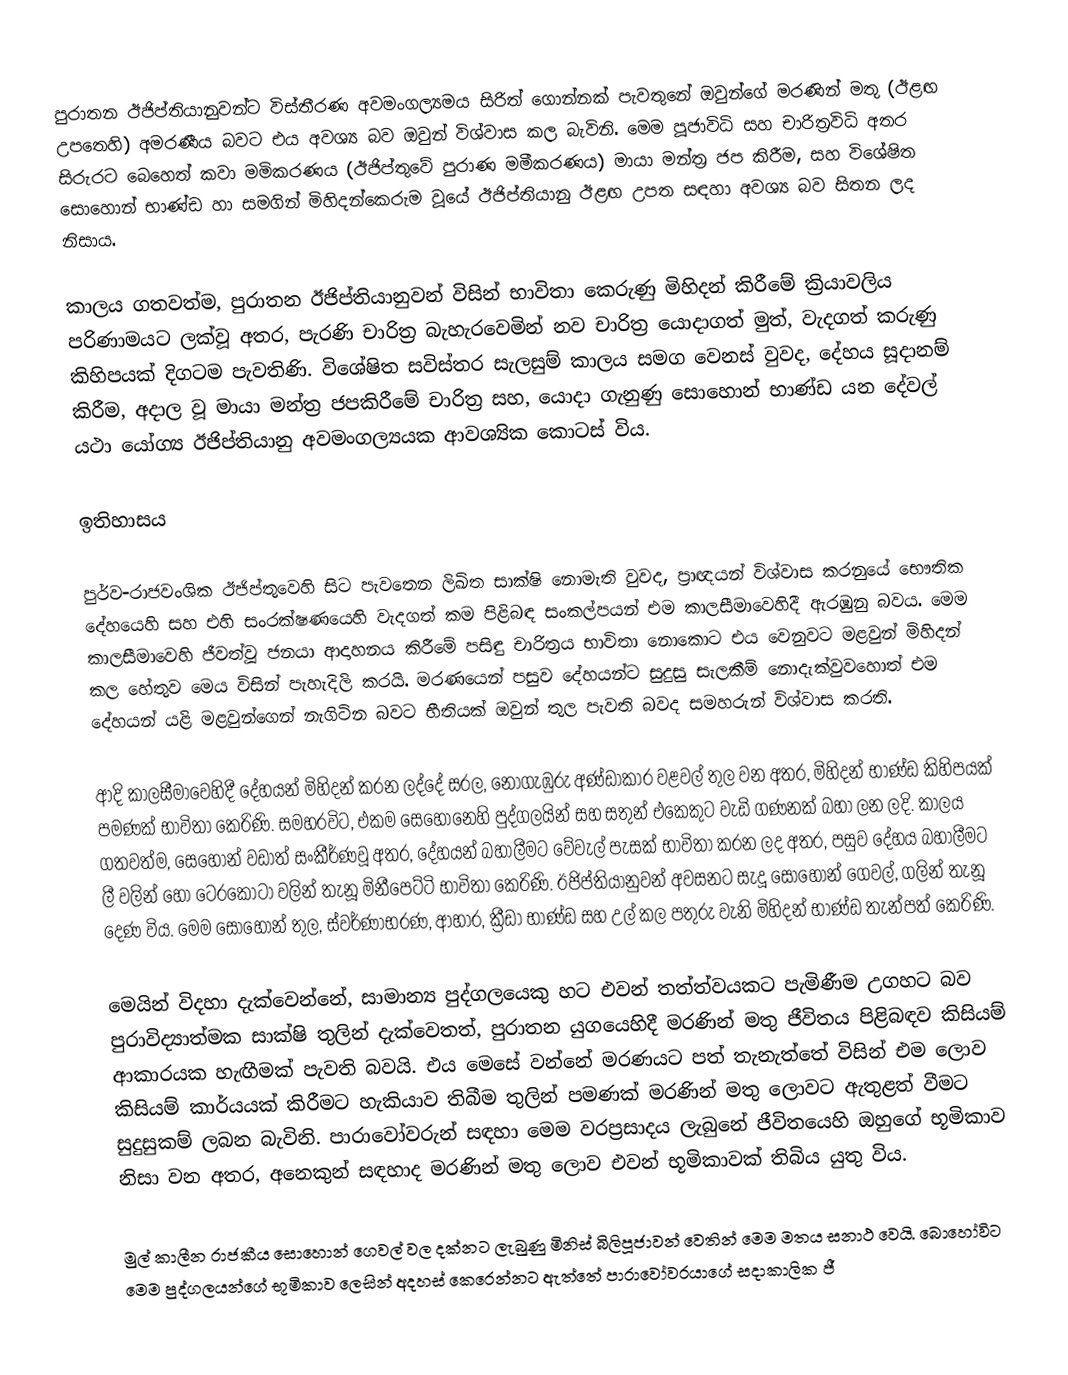
පුරාතන ඊජිප්තියානුවන්ට විස්තීරණ අවමංගල්‍යමය සිරිත් ගොන්නක් පැවතුනේ ඔවුන්ගේ මරණින් මතු  (ඊළඟ උපතෙහි) අමරණීය බවට එය අවශ්‍ය බව ඔවුන් විශ්වාස කල බැවිනි. මෙම පූජාවිධි සහ චාරිත්‍රවිධි අතර සිරුරට බෙහෙත් කවා මමිකරණය (ඊජිප්තුවේ පුරාණ මමීකරණය) මායා මන්ත්‍ර ජප කිරීම, සහ විශේෂිත සොහොන් භාණ්ඩ හා සමගින්  මිහිදන්කෙරුම වූයේ ඊජිප්තියානු ඊළඟ උපත සඳහා අවශ්‍ය බව සිතන ලද නිසාය.

කාලය ගතවත්ම, පුරාතන ඊජිප්තියානුවන් විසින් භාවිතා කෙරුණු මිහිදන් කිරීමේ ක්‍රියාවලිය පරිණාමයට ලක්වූ අතර, පැරණි චාරිත්‍ර බැහැරවෙමින් නව චාරිත්‍ර යොදාගත් මුත්, වැදගත් කරුණු කිහිපයක් දිගටම පැවතිණි. විශේෂිත සවිස්තර සැලසුම් කාලය සමග වෙනස් වුවද, දේහය සූදානම් කිරීම, අදාල වූ මායා මන්ත්‍ර ජපකිරීමේ චාරිත්‍ර සහ, යොදා ගැනුණු සොහොන් භාණ්ඩ යන දේවල් යථා යෝග්‍ය ඊජිප්තියානු අවමංගල්‍යයක ආවශ්‍යික කොටස් විය.

ඉතිහාසය

පුර්ව-රාජවංශික ඊජිප්තුවෙහි සිට පැවතෙන ලිඛිත සාක්ෂි නොමැති වුවද, ප්‍රාඥයන් විශ්වාස කරනුයේ භෞතික දේහයෙහි සහ එහි සංරක්ෂණයෙහි වැදගත් කම පිළිබඳ සංකල්පයන් එම කාලසීමාවෙහිදී ඇරඹුනු බවය. මෙම කාලසීමාවෙහි ජීවත්වූ ජනයා ආදාහනය කිරීමේ පසිඳු චාරිත්‍රය භාවිතා නොකොට එය වෙනුවට මළවුන් මිහිදන් කල හේතුව මෙය විසින් පැහැදිලි කරයි. මරණයෙන් පසුව දේහයන්ට  සුදුසු සැලකීම් නොදැක්වුවහොත් එම දේහයන් යළි මළවුන්ගෙන් නැගිටින බවට භීතියක් ඔවුන් තුල පැවති බවද සමහරුන් විශ්වාස කරති.

ආදි කාලසීමාවෙහිදී දේහයන් මිහිදන් කරන ලද්දේ සරල, නොගැඹුරු අණ්ඩාකාර වළවල් තුල වන අතර, මිහිදන් භාණ්ඩ කිහිපයක් පමණක් භාවිතා කෙරිණි. සමහරවිට, එකම සෙහොනෙහි පුද්ගලයින් සහ සතුන් එකෙකුට වැඩි ගණනක් බහා ලන ලදි. කාලය ගතවත්ම, සෙහොන් වඩාත් සංකීර්ණවූ අතර, දේහයන් බහාලීමට වේවැල් පැසක් භාවිතා කරන ලද අතර, පසුව දේහය බහාලීමට ලී වලින් හෝ   ටෙරකෝටා වලින් තැනූ මිනීපෙට්ටි භාවිතා කෙරිණි. ඊජිප්තියානුවන් අවසනට සැදූ සොහොන් ගෙවල්, ගලින් තැනූ දෙණ විය. මෙම සොහොන් තුල, ස්වර්ණාභරණ, ආහාර, ක්‍රීඩා භාණ්ඩ සහ උල් කල පතුරු වැනි මිහිදන් භාණ්ඩ තැන්පත් කෙරිණි.

මෙයින් විදහා දැක්වෙන්නේ, සාමාන්‍ය පුද්ගලයෙකු හට එවන් තත්ත්වයකට පැමිණීම උගහට බව පුරාවිද්‍යාත්මක සාක්ෂි තුලින් දැක්වෙතත්,  පුරාතන යුගයෙහිදී මරණින් මතු ජීවිතය පිළිබඳව කිසියම් ආකාරයක හැඟීමක් පැවති බවයි. එය මෙසේ වන්නේ මරණයට පත් තැනැත්තේ විසින් එම ලොව කිසියම් කාර්යයක් කිරීමට හැකියාව තිබීම තුලින් පමණක් මරණින් මතු ලොවට ඇතුළත් වීමට සුදුසුකම් ලබන බැවිනි. පාරාවෝවරුන් සඳහා මෙම වරප්‍රසාදය ලැබුනේ ජීවිතයෙහි ඔහුගේ භූමිකාව නිසා වන අතර, අනෙකුන් සඳහාද  මරණින් මතු ලොව  එවන් භූමිකාවක් තිබිය යුතු විය.

මුල් කාලීන රාජකීය සොහොන් ගෙවල් වල දක්නට ලැබුණු මිනිස් බිලිපූජාවන් වෙතින් මෙම මතය සනාථ වෙයි. බොහෝවිට මෙම පුද්ගලයන්ගේ භූමිකාව ලෙසින් අදහස් කෙරෙන්නට ඇත්තේ පාරාවෝවරයාගේ සදාකාලික ජී